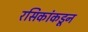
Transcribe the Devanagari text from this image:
रसिकांकडून